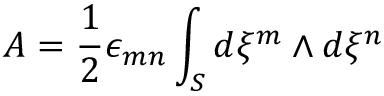
A = { \frac { 1 } { 2 } } \epsilon _ { m n } \int _ { \cal S } d \xi ^ { m } \wedge d \xi ^ { n }